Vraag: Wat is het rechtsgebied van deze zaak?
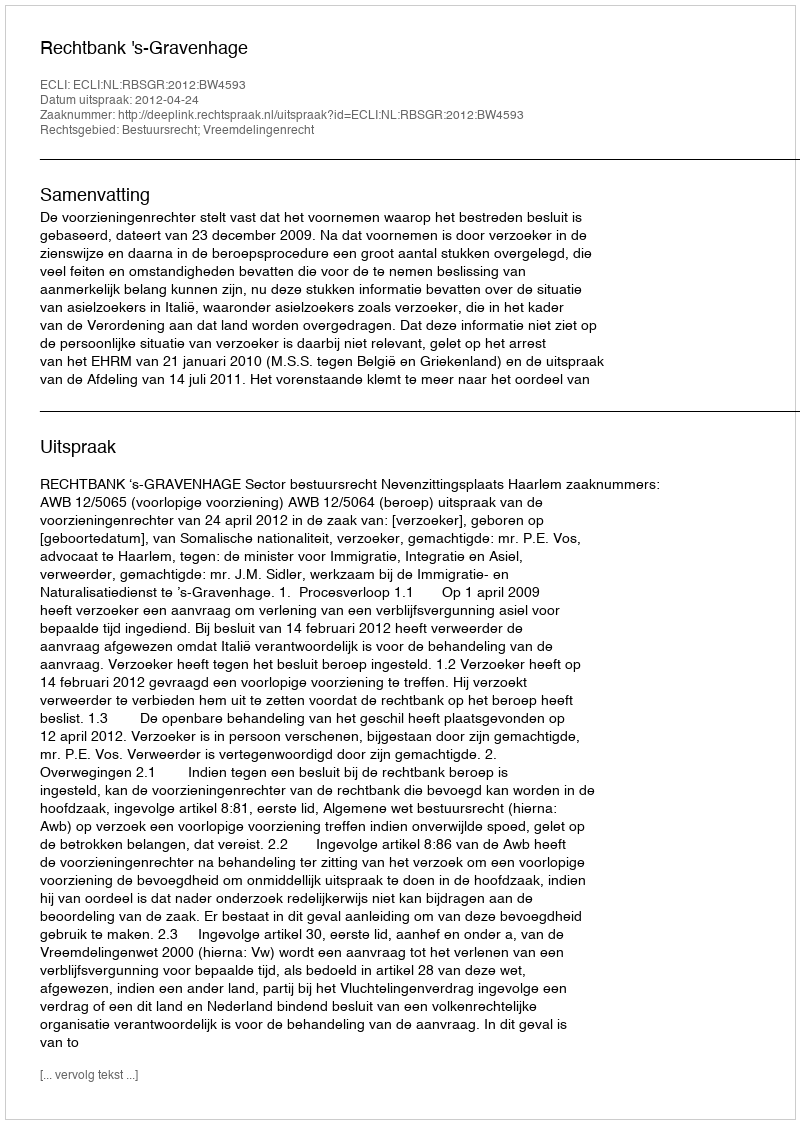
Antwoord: Bestuursrecht; Vreemdelingenrecht